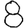
Digit: 8